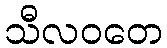
သီလဝတေ